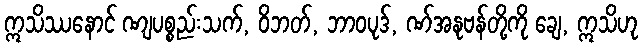
ဣသိဿနောင် ဏျပစ္စည်းသက်, ဝိဘတ်, ဘာဝပုဒ်, ဏ်အနုဗန်တို့ကို ချေ, ဣသိဟု